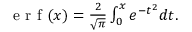
\begin{array} { r } { \mathrm { ~ e ~ r ~ f ~ } ( x ) = \frac { 2 } { \sqrt { \pi } } \int _ { 0 } ^ { x } e ^ { - t ^ { 2 } } d t . } \end{array}